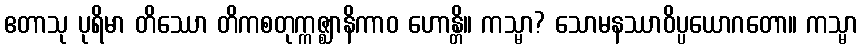
ဧတာသု ပုရိမာ တိဿော တိကစတုက္ကဇ္ဈာနိကာဝ ဟောန္တိ။ ကသ္မာ? သောမနဿာဝိပ္ပယောဂတော။ ကသ္မာ